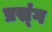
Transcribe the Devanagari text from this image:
प्रस्ंग